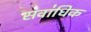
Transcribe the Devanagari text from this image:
सवा॑धिक